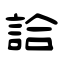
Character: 詥